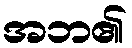
အဘ၏